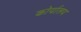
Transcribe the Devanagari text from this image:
कोर्यालय